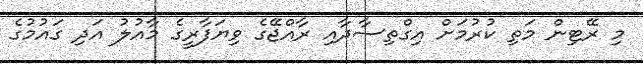
މި ރޭޓިން މަތި ކުރުމަށް އިގްތިސާދާއި ރާއްޖޭގެ ވިޔަފާރީގެ މާއުލު އަދި ގައުމުގެ